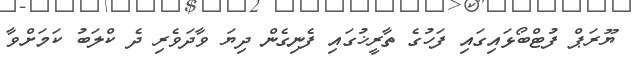
ޔޫރަޕް ފުޓްބޯޅައިގައި ފަހުގެ ތާރީޚުގައި ފެނިގެން ދިޔަ ވާދަވެރި ދެ ކްލަބު ކަމަށްވާ